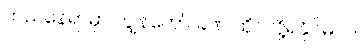
ဘယ်နေရာမှာ ကျွန်တော် ခဏ ထိုင်လို့ရနိုင်မလဲ။